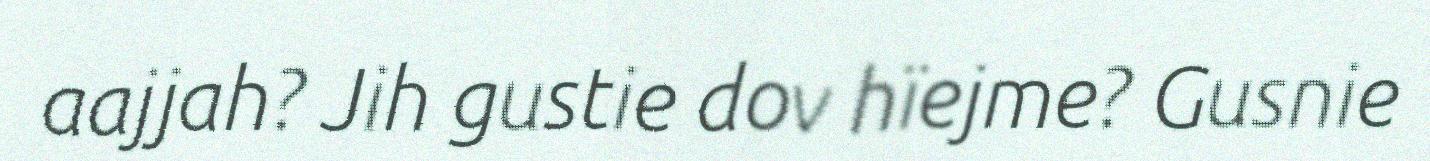
aajjah? Jih gustie dov hïejme? Gusnie